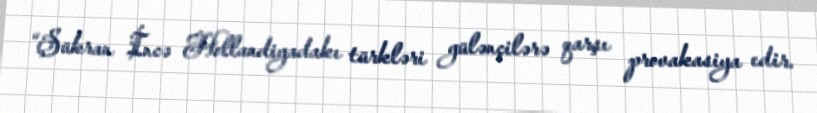
“Şükran İncə Hollandiyadakı türkləri gülənçilərə qarşı provakasiya edir.